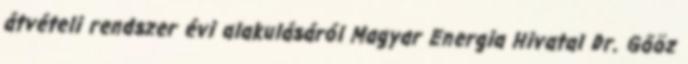
átvételi rendszer évi alakulásáról Magyar Energia Hivatal Dr. Gőöz